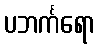
ပဘင်္ကရော